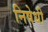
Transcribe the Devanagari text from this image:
निषेधी